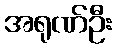
အရုဏ်ဦး